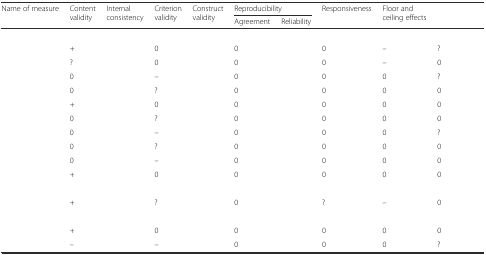
<table><thead><tr><td rowspan="2"><b>Name of measure</b></td><td rowspan="2"><b>Content validity</b></td><td rowspan="2"><b>Internal consistency</b></td><td rowspan="2"><b>Criterion validity</b></td><td rowspan="2"><b>Construct validity</b></td><td colspan="2"><b>Reproducibility</b></td><td rowspan="2"><b>Responsiveness</b></td><td rowspan="2"><b>Floor and ceiling effects</b></td><td rowspan="2">[EMPTY_CELL]</td></tr><tr><td><b>Agreement</b></td><td><b>Reliability</b></td></tr></thead><tbody><tr><td>[EMPTY_CELL]</td><td>[EMPTY_CELL]</td><td>[EMPTY_CELL]</td><td>[EMPTY_CELL]</td><td>[EMPTY_CELL]</td><td>[EMPTY_CELL]</td><td>[EMPTY_CELL]</td><td>[EMPTY_CELL]</td><td>[EMPTY_CELL]</td><td>[EMPTY_CELL]</td></tr><tr><td>[EMPTY_CELL]</td><td>+</td><td>[EMPTY_CELL]</td><td>0</td><td>[EMPTY_CELL]</td><td>0</td><td>[EMPTY_CELL]</td><td>0</td><td>–</td><td>?</td></tr><tr><td>[EMPTY_CELL]</td><td>?</td><td>[EMPTY_CELL]</td><td>0</td><td>[EMPTY_CELL]</td><td>0</td><td>[EMPTY_CELL]</td><td>0</td><td>–</td><td>0</td></tr><tr><td>[EMPTY_CELL]</td><td>0</td><td>[EMPTY_CELL]</td><td>–</td><td>[EMPTY_CELL]</td><td>0</td><td>[EMPTY_CELL]</td><td>0</td><td>0</td><td>?</td></tr><tr><td>[EMPTY_CELL]</td><td>0</td><td>[EMPTY_CELL]</td><td>?</td><td>[EMPTY_CELL]</td><td>0</td><td>[EMPTY_CELL]</td><td>0</td><td>0</td><td>0</td></tr><tr><td>[EMPTY_CELL]</td><td>+</td><td>[EMPTY_CELL]</td><td>0</td><td>[EMPTY_CELL]</td><td>0</td><td>[EMPTY_CELL]</td><td>0</td><td>0</td><td>0</td></tr><tr><td>[EMPTY_CELL]</td><td>0</td><td>[EMPTY_CELL]</td><td>?</td><td>[EMPTY_CELL]</td><td>0</td><td>[EMPTY_CELL]</td><td>0</td><td>0</td><td>0</td></tr><tr><td>[EMPTY_CELL]</td><td>0</td><td>[EMPTY_CELL]</td><td>–</td><td>[EMPTY_CELL]</td><td>0</td><td>[EMPTY_CELL]</td><td>0</td><td>0</td><td>?</td></tr><tr><td>[EMPTY_CELL]</td><td>0</td><td>[EMPTY_CELL]</td><td>?</td><td>[EMPTY_CELL]</td><td>0</td><td>[EMPTY_CELL]</td><td>0</td><td>0</td><td>0</td></tr><tr><td>[EMPTY_CELL]</td><td>0</td><td>[EMPTY_CELL]</td><td>–</td><td>[EMPTY_CELL]</td><td>0</td><td>[EMPTY_CELL]</td><td>0</td><td>0</td><td>0</td></tr><tr><td>[EMPTY_CELL]</td><td>+</td><td>[EMPTY_CELL]</td><td>0</td><td>[EMPTY_CELL]</td><td>0</td><td>[EMPTY_CELL]</td><td>0</td><td>0</td><td>0</td></tr><tr><td>[EMPTY_CELL]</td><td>[EMPTY_CELL]</td><td>[EMPTY_CELL]</td><td>[EMPTY_CELL]</td><td>[EMPTY_CELL]</td><td>[EMPTY_CELL]</td><td>[EMPTY_CELL]</td><td>[EMPTY_CELL]</td><td>[EMPTY_CELL]</td><td>[EMPTY_CELL]</td></tr><tr><td>[EMPTY_CELL]</td><td>+</td><td>[EMPTY_CELL]</td><td>?</td><td>[EMPTY_CELL]</td><td>0</td><td>[EMPTY_CELL]</td><td>?</td><td>–</td><td>0</td></tr><tr><td>[EMPTY_CELL]</td><td>[EMPTY_CELL]</td><td>[EMPTY_CELL]</td><td>[EMPTY_CELL]</td><td>[EMPTY_CELL]</td><td>[EMPTY_CELL]</td><td>[EMPTY_CELL]</td><td>[EMPTY_CELL]</td><td>[EMPTY_CELL]</td><td>[EMPTY_CELL]</td></tr><tr><td>[EMPTY_CELL]</td><td>+</td><td>[EMPTY_CELL]</td><td>0</td><td>[EMPTY_CELL]</td><td>0</td><td>[EMPTY_CELL]</td><td>0</td><td>0</td><td>0</td></tr><tr><td>[EMPTY_CELL]</td><td>–</td><td>[EMPTY_CELL]</td><td>–</td><td>[EMPTY_CELL]</td><td>0</td><td>[EMPTY_CELL]</td><td>0</td><td>0</td><td>?</td></tr></tbody></table>